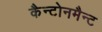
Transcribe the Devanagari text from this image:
कैन्टोनमैन्ट